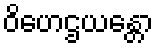
ဝိဟေဌယန္တော